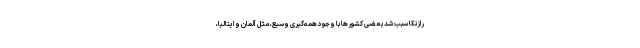
رازنکا سبب شد بعضی کشورها با وجود همه‌گیری وسیع، مثل آلمان و ایتالیا،